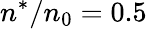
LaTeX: n^{*}/n_{0}=0.5